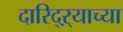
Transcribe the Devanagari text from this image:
दारिद्ऱ्याच्या